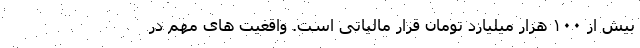
بیش از ۱۰۰ هزار میلیارد تومان قرار مالیاتی است. واقعیت های مهم در